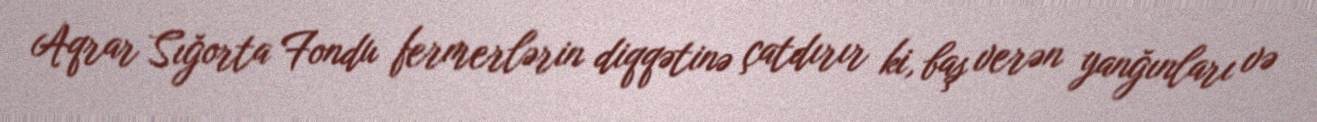
Aqrar Sığorta Fondu fermerlərin diqqətinə çatdırır ki, baş verən yanğınları və